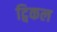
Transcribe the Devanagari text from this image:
ट्विकल